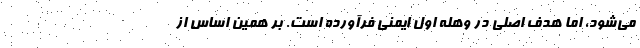
می‌شود، اما هدف اصلی در وهله اول ایمنی فرآورده است. بر همین اساس از